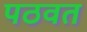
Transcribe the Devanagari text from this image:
पठवत